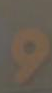
و